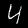
Digit: 4